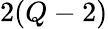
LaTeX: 2(Q-2)